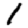
Digit: 1